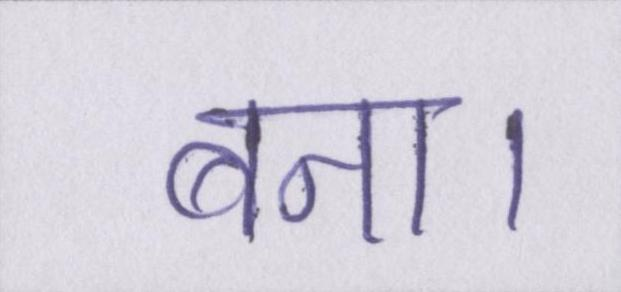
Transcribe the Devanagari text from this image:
बना।